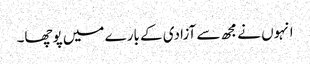
انہوں نے مجھ سے آزادی کے بارے میں پوچھا۔